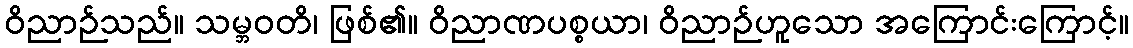
ဝိညာဉ်သည်။ သမ္ဘဝတိ၊ ဖြစ်၏။ ဝိညာဏပစ္စယာ၊ ဝိညာဉ်ဟူသော အကြောင်းကြောင့်။